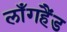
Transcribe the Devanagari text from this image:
लाँगहैंड